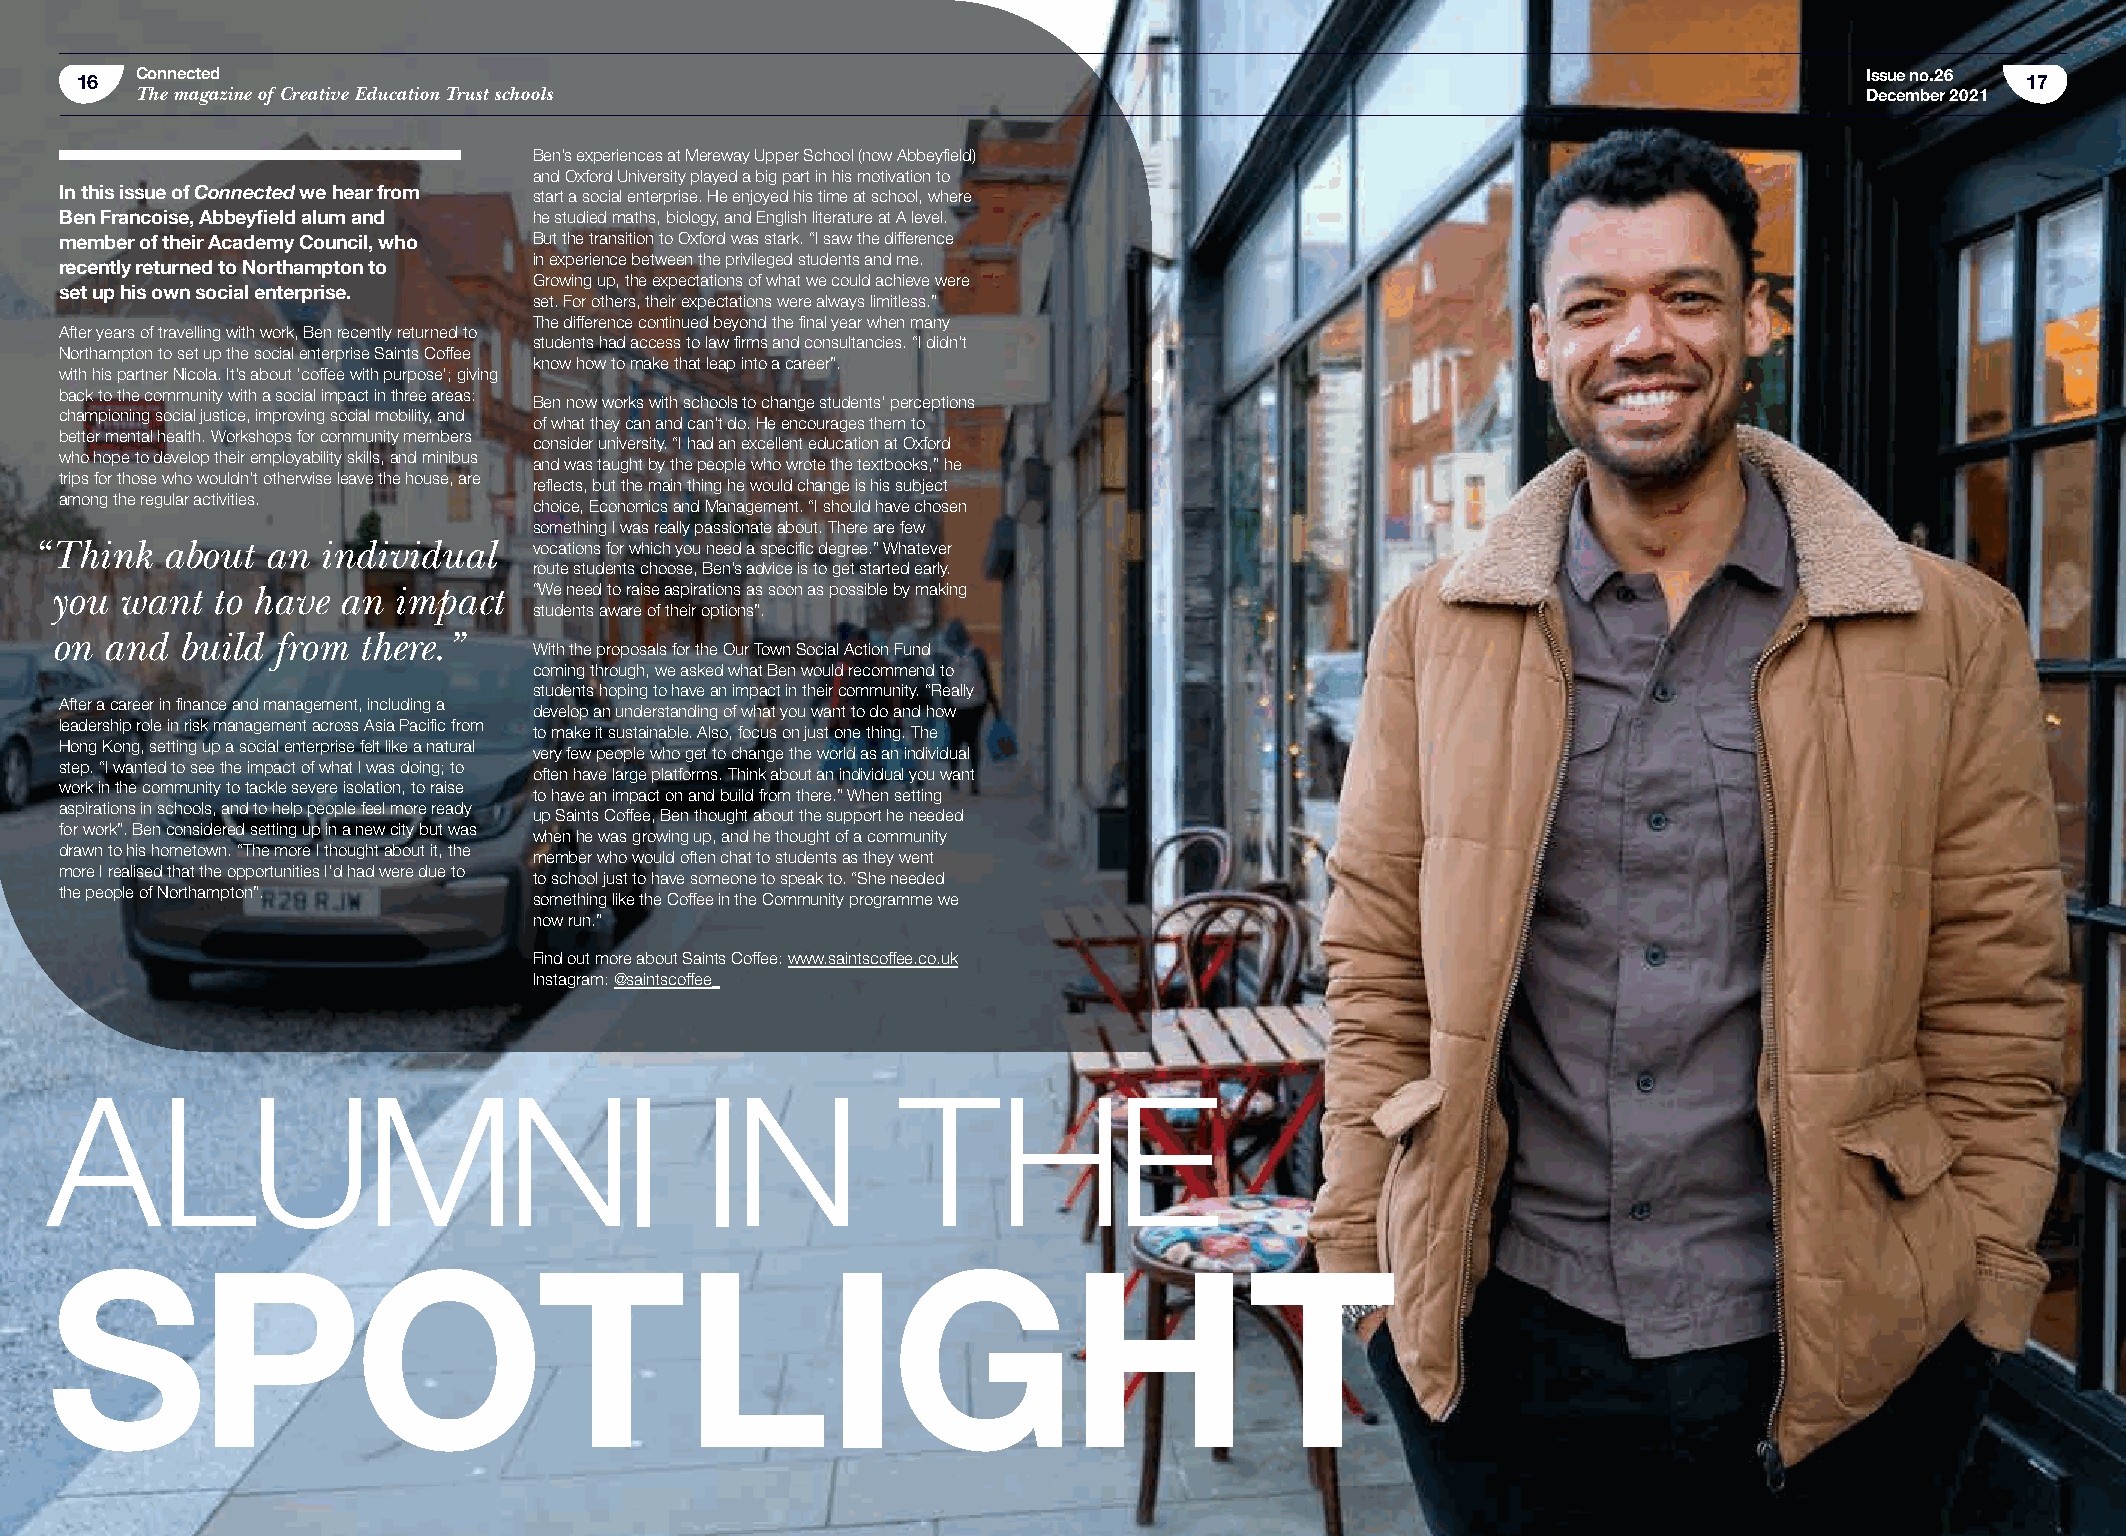
16  Connected                                                                                                          Issue no.26 17
 The magazine of Creative Education Trust schools                                                                   December 2021
 Ben’s experiences at Mereway Upper School (now Abbeyfield)
 and Oxford University played a big part in his motivation to
 In this issue of Connected we hear from start a social enterprise. He enjoyed his time at school, where
 Ben Francoise, Abbeyfield alum and he studied maths, biology, and English literature at A level.
 member of their Academy Council, who But the transition to Oxford was stark. “I saw the difference
 in experience between the privileged students and me.
 recently returned to Northampton to
 Growing up, the expectations of what we could achieve were
 set up his own social enterprise.
 set. For others, their expectations were always limitless.”
 The difference continued beyond the final year when many
 After years of travelling with work, Ben recently returned to
 students had access to law firms and consultancies. “I didn’t
 Northampton to set up the social enterprise Saints Coffee
 know how to make that leap into a career”.
 with his partner Nicola. It’s about ‘coffee with purpose’; giving
 back to the community with a social impact in three areas:
 Ben now works with schools to change students’ perceptions
 championing social justice, improving social mobility, and
 of what they can and can’t do. He encourages them to
 better mental health. Workshops for community members
 consider university. “I had an excellent education at Oxford
 who hope to develop their employability skills, and minibus
 and was taught by the people who wrote the textbooks,” he
 trips for those who wouldn’t otherwise leave the house, are
 reflects, but the main thing he would change is his subject
 among the regular activities.
 choice, Economics and Management. “I should have chosen
 something I was really passionate about. There are few
 “ Think  about  an individual    vocations for which you need a specific degree.” Whatever
 route students choose, Ben’s advice is to get started early.
 you  want  to have an  impact   “We need to raise aspirations as soon as possible by making
 students aware of their options”.
 on  and  build from  there.”
 With the proposals for the Our Town Social Action Fund
 coming through, we asked what Ben would recommend to
 students hoping to have an impact in their community. “Really
 After a career in finance and management, including a
 develop an understanding of what you want to do and how
 leadership role in risk management across Asia Pacific from
 to make it sustainable. Also, focus on just one thing. The
 Hong Kong, setting up a social enterprise felt like a natural
 very few people who get to change the world as an individual
 step. “I wanted to see the impact of what I was doing; to
 often have large platforms. Think about an individual you want
 work in the community to tackle severe isolation, to raise
 to have an impact on and build from there.” When setting
 aspirations in schools, and to help people feel more ready
 up Saints Coffee, Ben thought about the support he needed
 for work”. Ben considered setting up in a new city but was
 when he was growing up, and he thought of a community
 drawn to his hometown. “The more I thought about it, the
 member who would often chat to students as they went
 more I realised that the opportunities I’d had were due to
 to school just to have someone to speak to. “She needed
 the people of Northampton”.
 something like the Coffee in the Community programme we
 now run.”
 Find out more about Saints Coffee: www.saintscoffee.co.uk
 Instagram: @saintscoffee_
 ALUMNI                                      IN           THE
 SPOTLIGHT